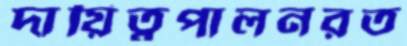
দায়িত্বপালনরত